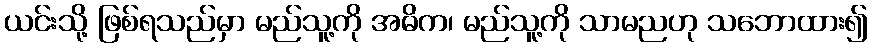
ယင်းသို့ ဖြစ်ရသည်မှာ မည်သူ့ကို အဓိက၊ မည်သူ့ကို သာမညဟု သဘောထား၍